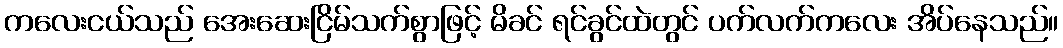
ကလေးငယ်သည် အေးဆေးငြိမ်သက်စွာဖြင့် မိခင် ရင်ခွင်ထဲတွင် ပက်လက်ကလေး အိပ်နေသည်။